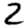
Digit: 2